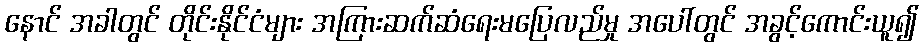
နောင် အခါတွင် တိုင်းနိုင်ငံများ အကြားဆက်ဆံရေးမပြေလည်မှု အပေါ်တွင် အခွင့်ကောင်းယူ၍